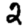
Digit: 2